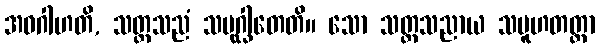
အဝဂါဟတိ, သတ္တသညံ သမုဂ္ဃါတေတိ။ သော သတ္တသညာယ သမူဟတတ္တာ